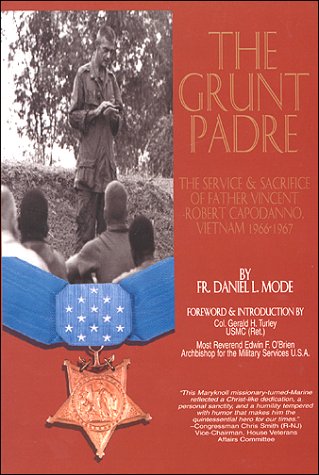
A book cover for The Grunt Padre: Father Vincent Robert Capodanno, Vietnam, 1966-1967; Father Daniel L. Mode; History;